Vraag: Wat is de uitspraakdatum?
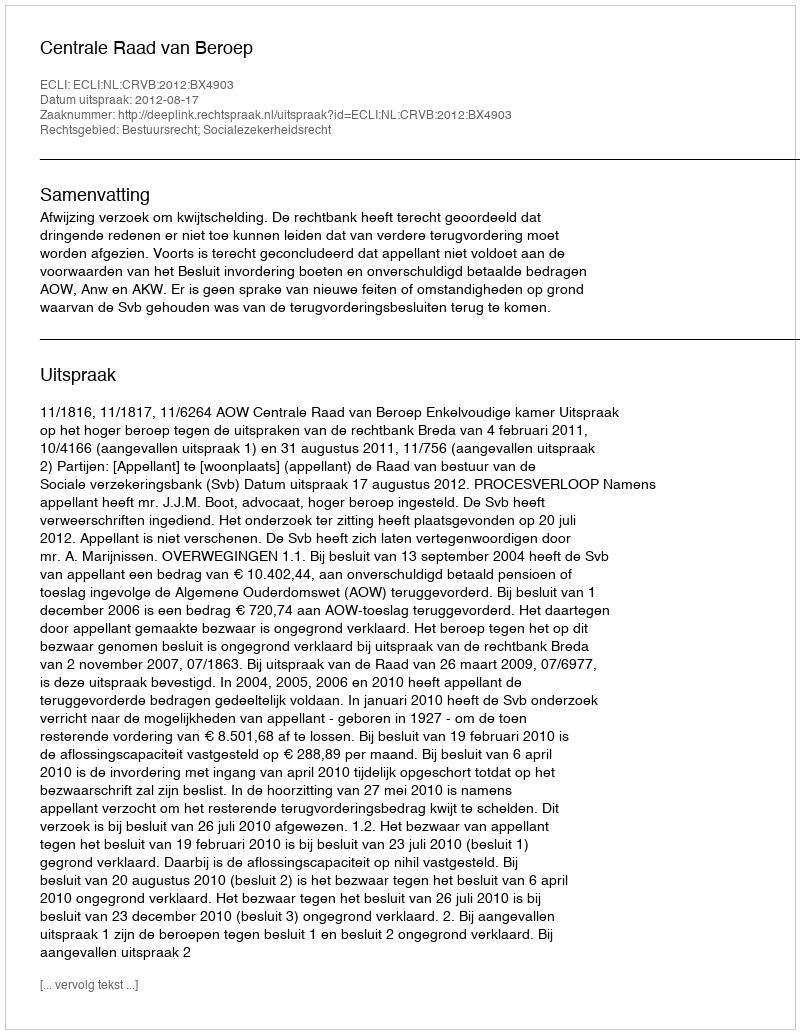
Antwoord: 2012-08-17